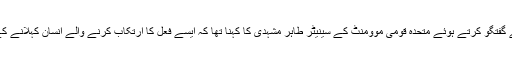
وائس آف امریکہ سے گفتگو کرتے ہوئے متحدہ قومی موومنٹ کے سینیٹر طاہر مشہدی کا کہنا تھا کہ ایسے فعل کا ارتکاب کرنے والے انسان کہلانے کے بھی لائق نہیں ہیں۔